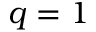
q = 1